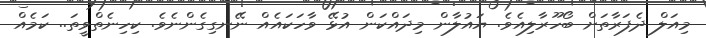
މިއަލް ދެފަރާތަށް ބޯހޫރާލިއެވެ. ޔައުލާން މިދައްކަން އުޅޭ ވާހަކައެއް ނޭނގިގެންނެވެ. ކިހިނެތްވީތަ.. ކަމެއް